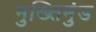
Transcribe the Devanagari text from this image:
मुख्तिमुंड